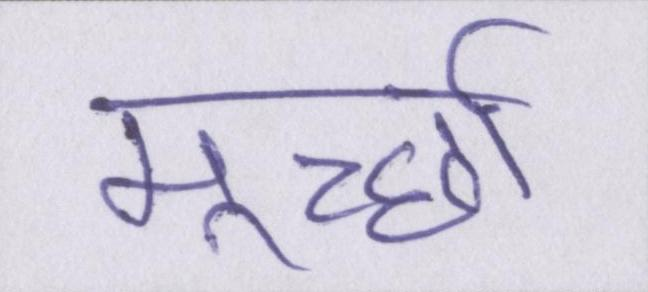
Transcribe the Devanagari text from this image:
मूर्च्छा